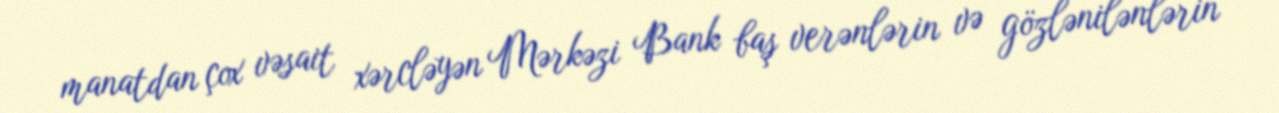
manatdan çox vəsait xərcləyən Mərkəzi Bank baş verənlərin və gözlənilənlərin